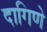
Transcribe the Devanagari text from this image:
दागिणे